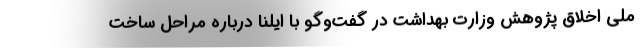
ملی اخلاق پژوهش وزارت بهداشت در گفت‌وگو با ایلنا درباره مراحل ساخت